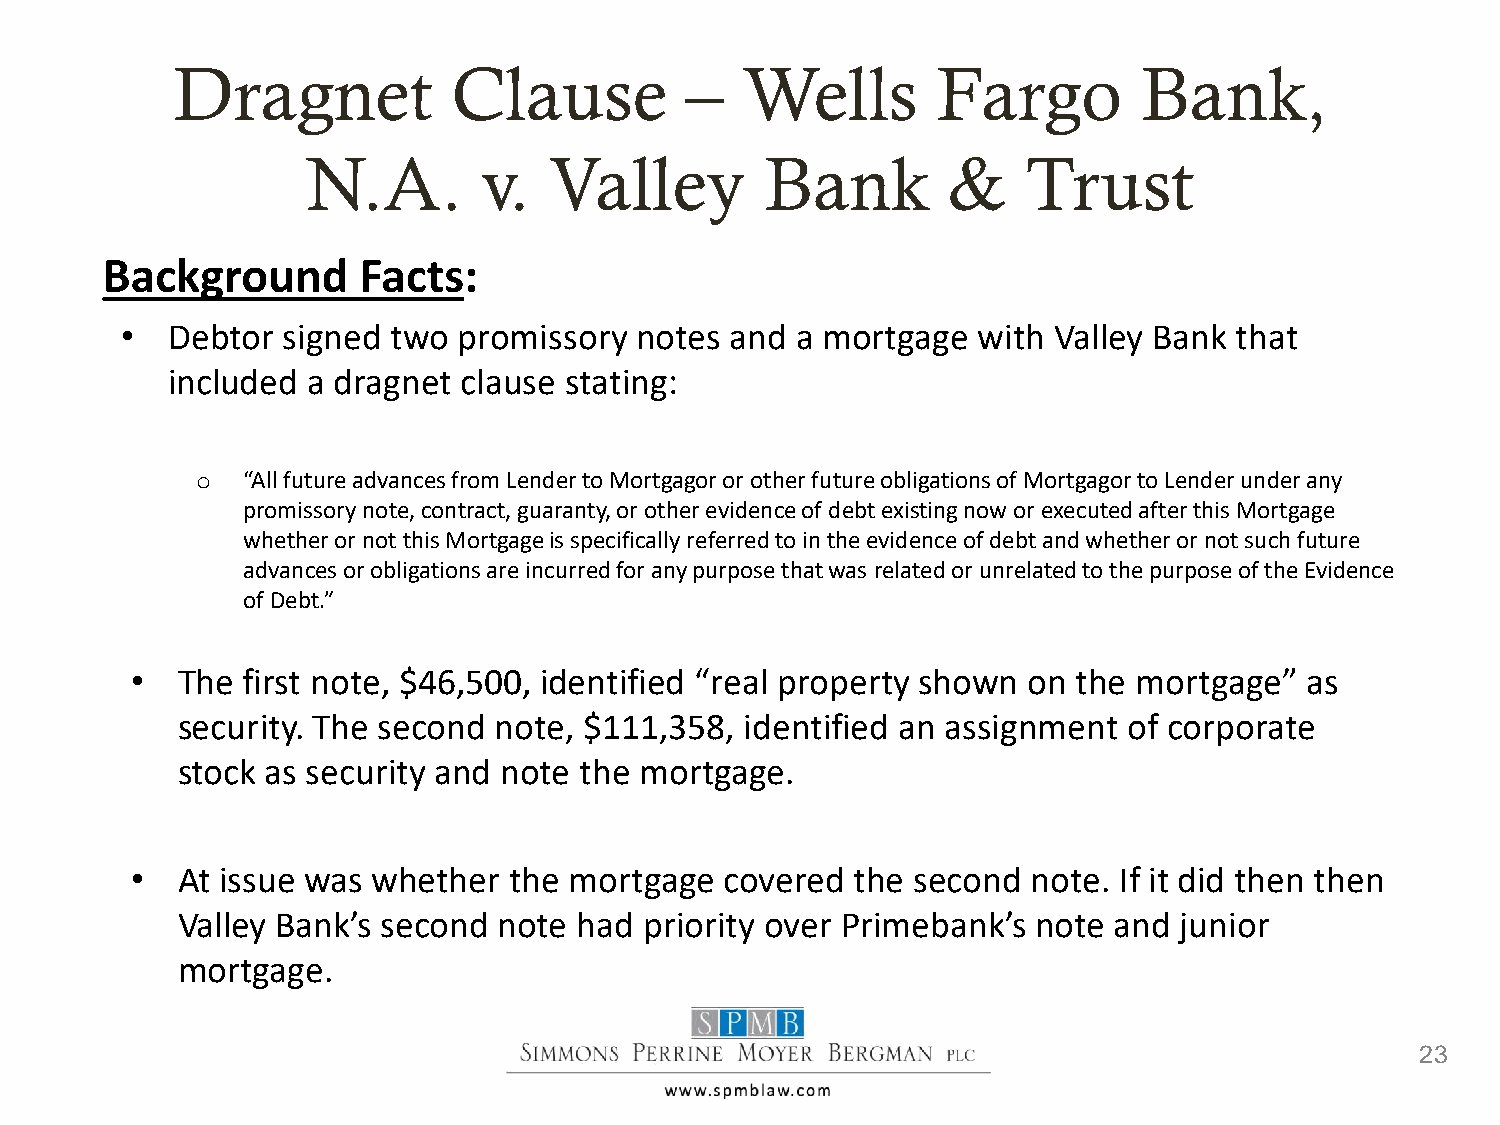
Dragnet            Clause         –   Wells        Fargo         Bank,
 N.A.        v.  Valley         Bank        &    Trust
 Background       Facts:
 •  Debtor  signed two promissory  notes and  a mortgage  with Valley Bank that
 included a dragnet  clause stating:
 o  “All future advances from Lender to Mortgagor or other future obligations of Mortgagor to Lender under any
 promissory note, contract, guaranty, or other evidence of debt existing now or executed after this Mortgage
 whether or not this Mortgage is specifically referred to in the evidence of debt and whether or not such future
 advances or obligations are incurred for any purpose that was related or unrelated to the purpose of the Evidence
 of Debt.”
 •  The first note, $46,500, identified “real property shown on the mortgage” as
 security. The second note, $111,358, identified an assignment  of corporate
 stock as security and note the mortgage.
 •  At issue was whether  the mortgage  covered  the second note. If it did then then
 Valley Bank’s second note had  priority over Primebank’s note and junior
 mortgage.
 23